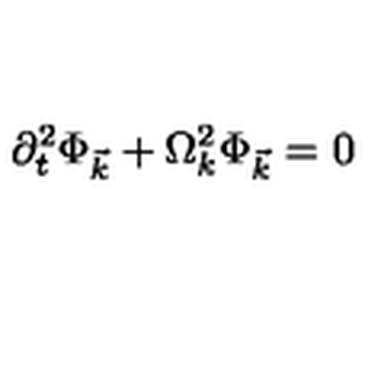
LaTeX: \partial _ { t } ^ { 2 } \Phi _ { \vec { k } } + \Omega _ { k } ^ { 2 } \Phi _ { \vec { k } } = 0